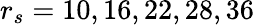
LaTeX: r_{s}=10,16,22,28,36